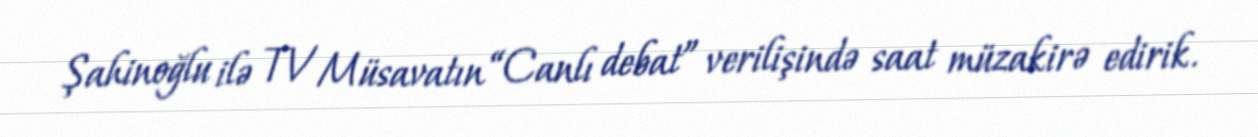
Şahinoğlu ilə TV Müsavatın “Canlı debat” verilişində saat müzakirə edirik.